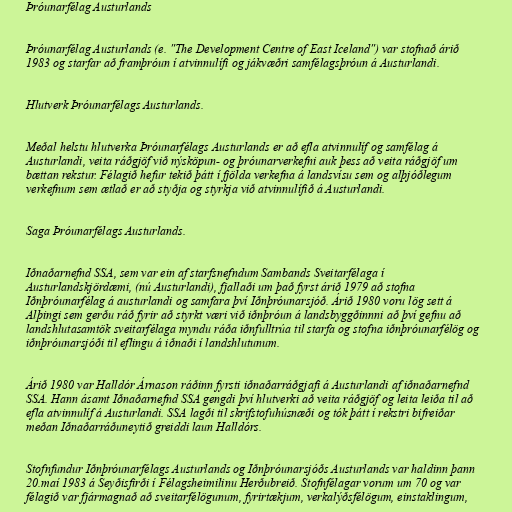
Þróunarfélag Austurlands

Þróunarfélag Austurlands (e. "The Development Centre of East Iceland") var stofnað árið
1983 og starfar að framþróun í atvinnulífi og jákvæðri samfélagsþróun á Austurlandi.

Hlutverk Þróunarfélags Austurlands.

Meðal helstu hlutverka Þróunarfélags Austurlands er að efla atvinnulíf og samfélag á
Austurlandi, veita ráðgjöf við nýsköpun- og þróunarverkefni auk þess að veita ráðgjöf um
bættan rekstur. Félagið hefur tekið þátt í fjölda verkefna á landsvísu sem og alþjóðlegum
verkefnum sem ætlað er að styðja og styrkja við atvinnulífið á Austurlandi.

Saga Þróunarfélags Austurlands.

Iðnaðarnefnd SSA, sem var ein af starfsnefndum Sambands Sveitarfélaga í
Austurlandskjördæmi, (nú Austurlandi), fjallaði um það fyrst árið 1979 að stofna
Iðnþróunarfélag á austurlandi og samfara því Iðnþróunarsjóð. Árið 1980 voru lög sett á
Alþingi sem gerðu ráð fyrir að styrkt væri við iðnþróun á landsbyggðinnni að því gefnu að
landshlutasamtök sveitarfélaga myndu ráða iðnfulltrúa til starfa og stofna iðnþróunarfélög og
iðnþróunarsjóði til eflingu á iðnaði í landshlutunum.

Árið 1980 var Halldór Árnason ráðinn fyrsti iðnaðarráðgjafi á Austurlandi af iðnaðarnefnd
SSA. Hann ásamt Iðnaðarnefnd SSA gengdi því hlutverki að veita ráðgjöf og leita leiða til að
efla atvinnulíf á Austurlandi. SSA lagði til skrifstofuhúsnæði og tók þátt í rekstri bifreiðar
meðan Iðnaðarráðuneytið greiddi laun Halldórs.

Stofnfundur Iðnþróunarfélags Austurlands og Iðnþróunarsjóðs Austurlands var haldinn þann
20.maí 1983 á Seyðisfirði í Félagsheimilinu Herðubreið. Stofnfélagar vorum um 70 og var
félagið var fjármagnað að sveitarfélögunum, fyrirtækjum, verkalýðsfélögum, einstaklingum,